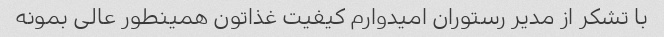
با تشکر از مدیر رستوران امیدوارم کیفیت غذاتون همینطور عالی بمونه